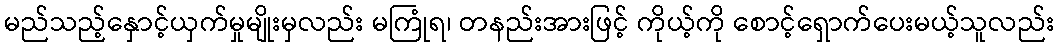
မည်သည့်နှောင့်ယှက်မှုမျိုးမှလည်း မကြုံရ၊ တနည်းအားဖြင့် ကိုယ့်ကို စောင့်ရှောက်ပေးမယ့်သူလည်း